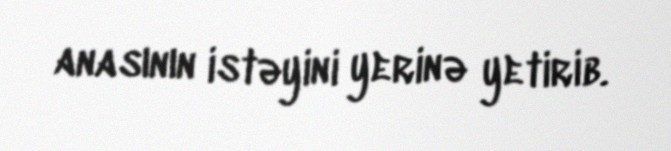
anasının istəyini yerinə yetirib.